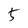
Character: 5